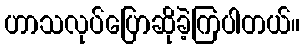
ဟာသလုပ်ပြောဆိုခဲ့ကြပါတယ်။